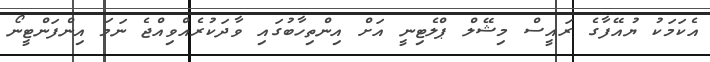
އެކަމަކު ޔުއޭފާގެ ރައީސް މިޝޭލް ޕްލެޓިނީ އަށް އިންތިހާބުގައި ވާދަކުރެއްވިއްޖެ ނަމަ އިންފަންޓީނޯ